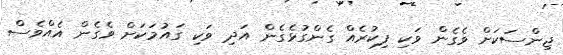
ޖިންސަކަށް ވެގެން ވަކި ފިކުރެއް ގެންގުޅެގެން އަދި ވަކި ގައުމަކަށް ވެގެން އެއްވެސް